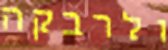
ולרבקה